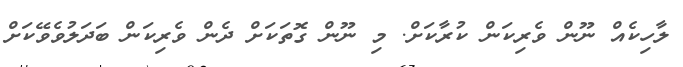
ލާހިކެއް ނޫން ވެރިކަން ކުރާކަށް. މި ނޫން ގޮތަކަށް ދެން ވެރިކަން ބަދަލުވެވޭކަށް